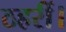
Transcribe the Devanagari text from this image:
ठहरीं।